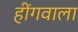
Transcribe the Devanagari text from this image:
हींगवाला